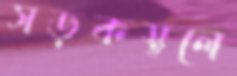
সড়কস্থলে